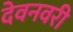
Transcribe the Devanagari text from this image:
देवनवरी